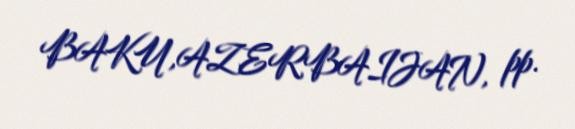
BAKU,AZERBAIJAN, pp.